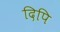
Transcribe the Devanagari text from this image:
दिपि